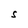
Character: S